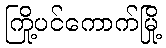
ကြို့ပင်ကောက်မြို့